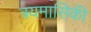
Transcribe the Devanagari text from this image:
त्रयमासिकी